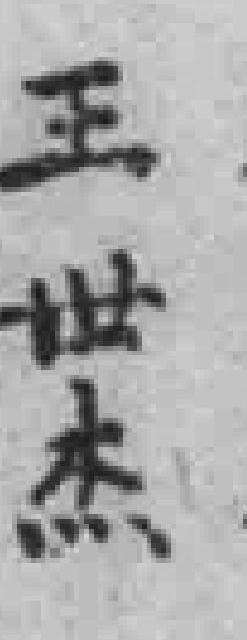
王世杰